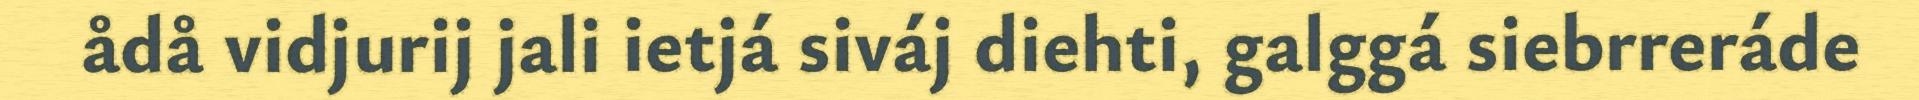
ådå vidjurij jali ietjá siváj diehti, galggá siebrreráde